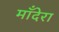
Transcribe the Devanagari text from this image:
माँदेरा